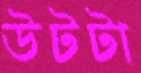
উটটা